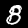
Label: 8